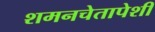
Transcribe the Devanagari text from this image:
शमनचेतापेशी